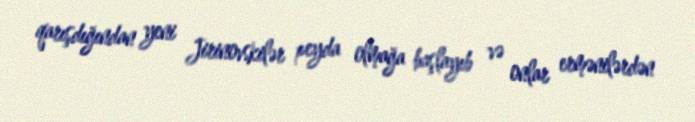
qarışdığından yeni Jirinovskilər peyda olmağa başlayıb və onlar ermənilərdən